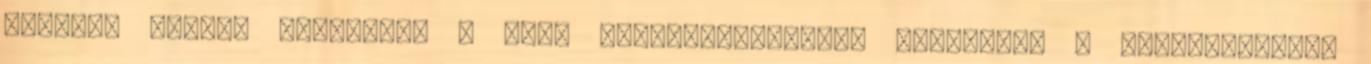
Kifogás esetén forduljon a blog szerkesztőjéhez. Részletek a Felhasználási